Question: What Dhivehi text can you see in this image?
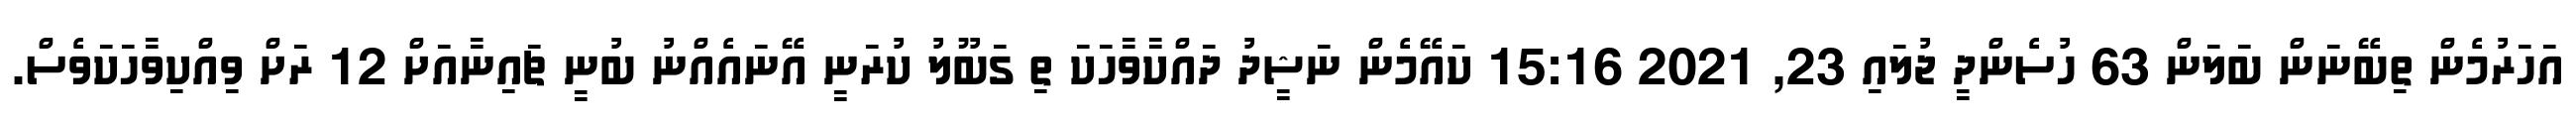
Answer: އަހަރުމެން ތިބޭނަން ބަލަން 63 ހުސެންދީ ޖުލައި 23, 2021 15:16 ކައޭމެން ނަޝީދު ދައްކާވާހަކަ ތި ގަބޫލު ކުރަނީ އޭނައެއްނު ބުނީ ޗައިނާއަށް 12 ރަށް ވިއްކިވާހަކަވެސް.